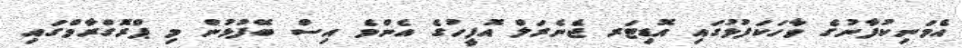
އެމަނިކުފާނުގެ ވާހަކަފުޅުގައި އޮޑިޓަރ ޖެނެރަލް އޮފީހުގެ އެންމެ އިސް ބޭފުޅުން މި ޕްރޮގްރާމްގައި